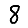
Digit: 8